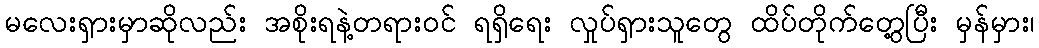
မလေးရှားမှာဆိုလည်း အစိုးရနဲ့တရားဝင် ရရှိရေး လှုပ်ရှားသူတွေ ထိပ်တိုက်တွေ့ပြီး မှန်မှား၊